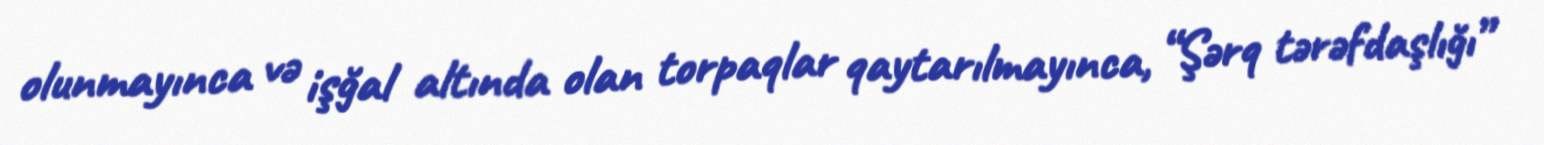
olunmayınca və işğal altında olan torpaqlar qaytarılmayınca, “Şərq tərəfdaşlığı”